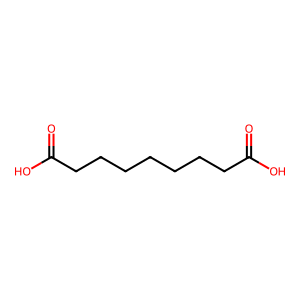
SMILES: O=C(O)CCCCCCCC(=O)O
Inhibits HIV replication: No